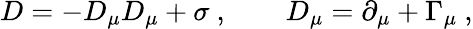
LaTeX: D=-D_{\mu}D_{\mu}+\sigma\ ,\qquad D_{\mu}=\partial_{\mu}+\Gamma_{\mu}\ ,